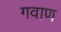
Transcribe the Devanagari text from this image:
गवाण